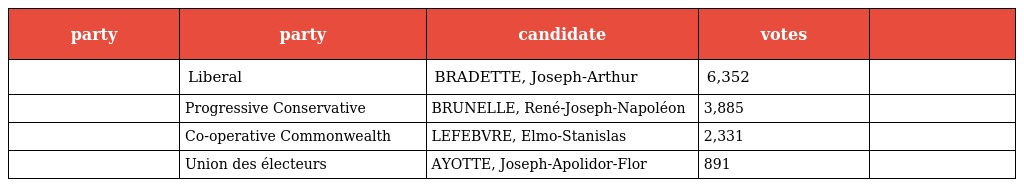
| party | party | candidate | votes |  |
 | --- | --- | --- | --- | --- |
 |  | Liberal | BRADETTE, Joseph-Arthur | 6,352 |  |
 |  | Progressive Conservative | BRUNELLE, René-Joseph-Napoléon | 3,885 |  |
 |  | Co-operative Commonwealth | LEFEBVRE, Elmo-Stanislas | 2,331 |  |
 |  | Union des électeurs | AYOTTE, Joseph-Apolidor-Flor | 891 |  |